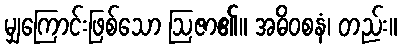
မျှကြောင်းဖြစ်သော ဩဇာ၏။ အဓိဝစနံ၊ တည်း။